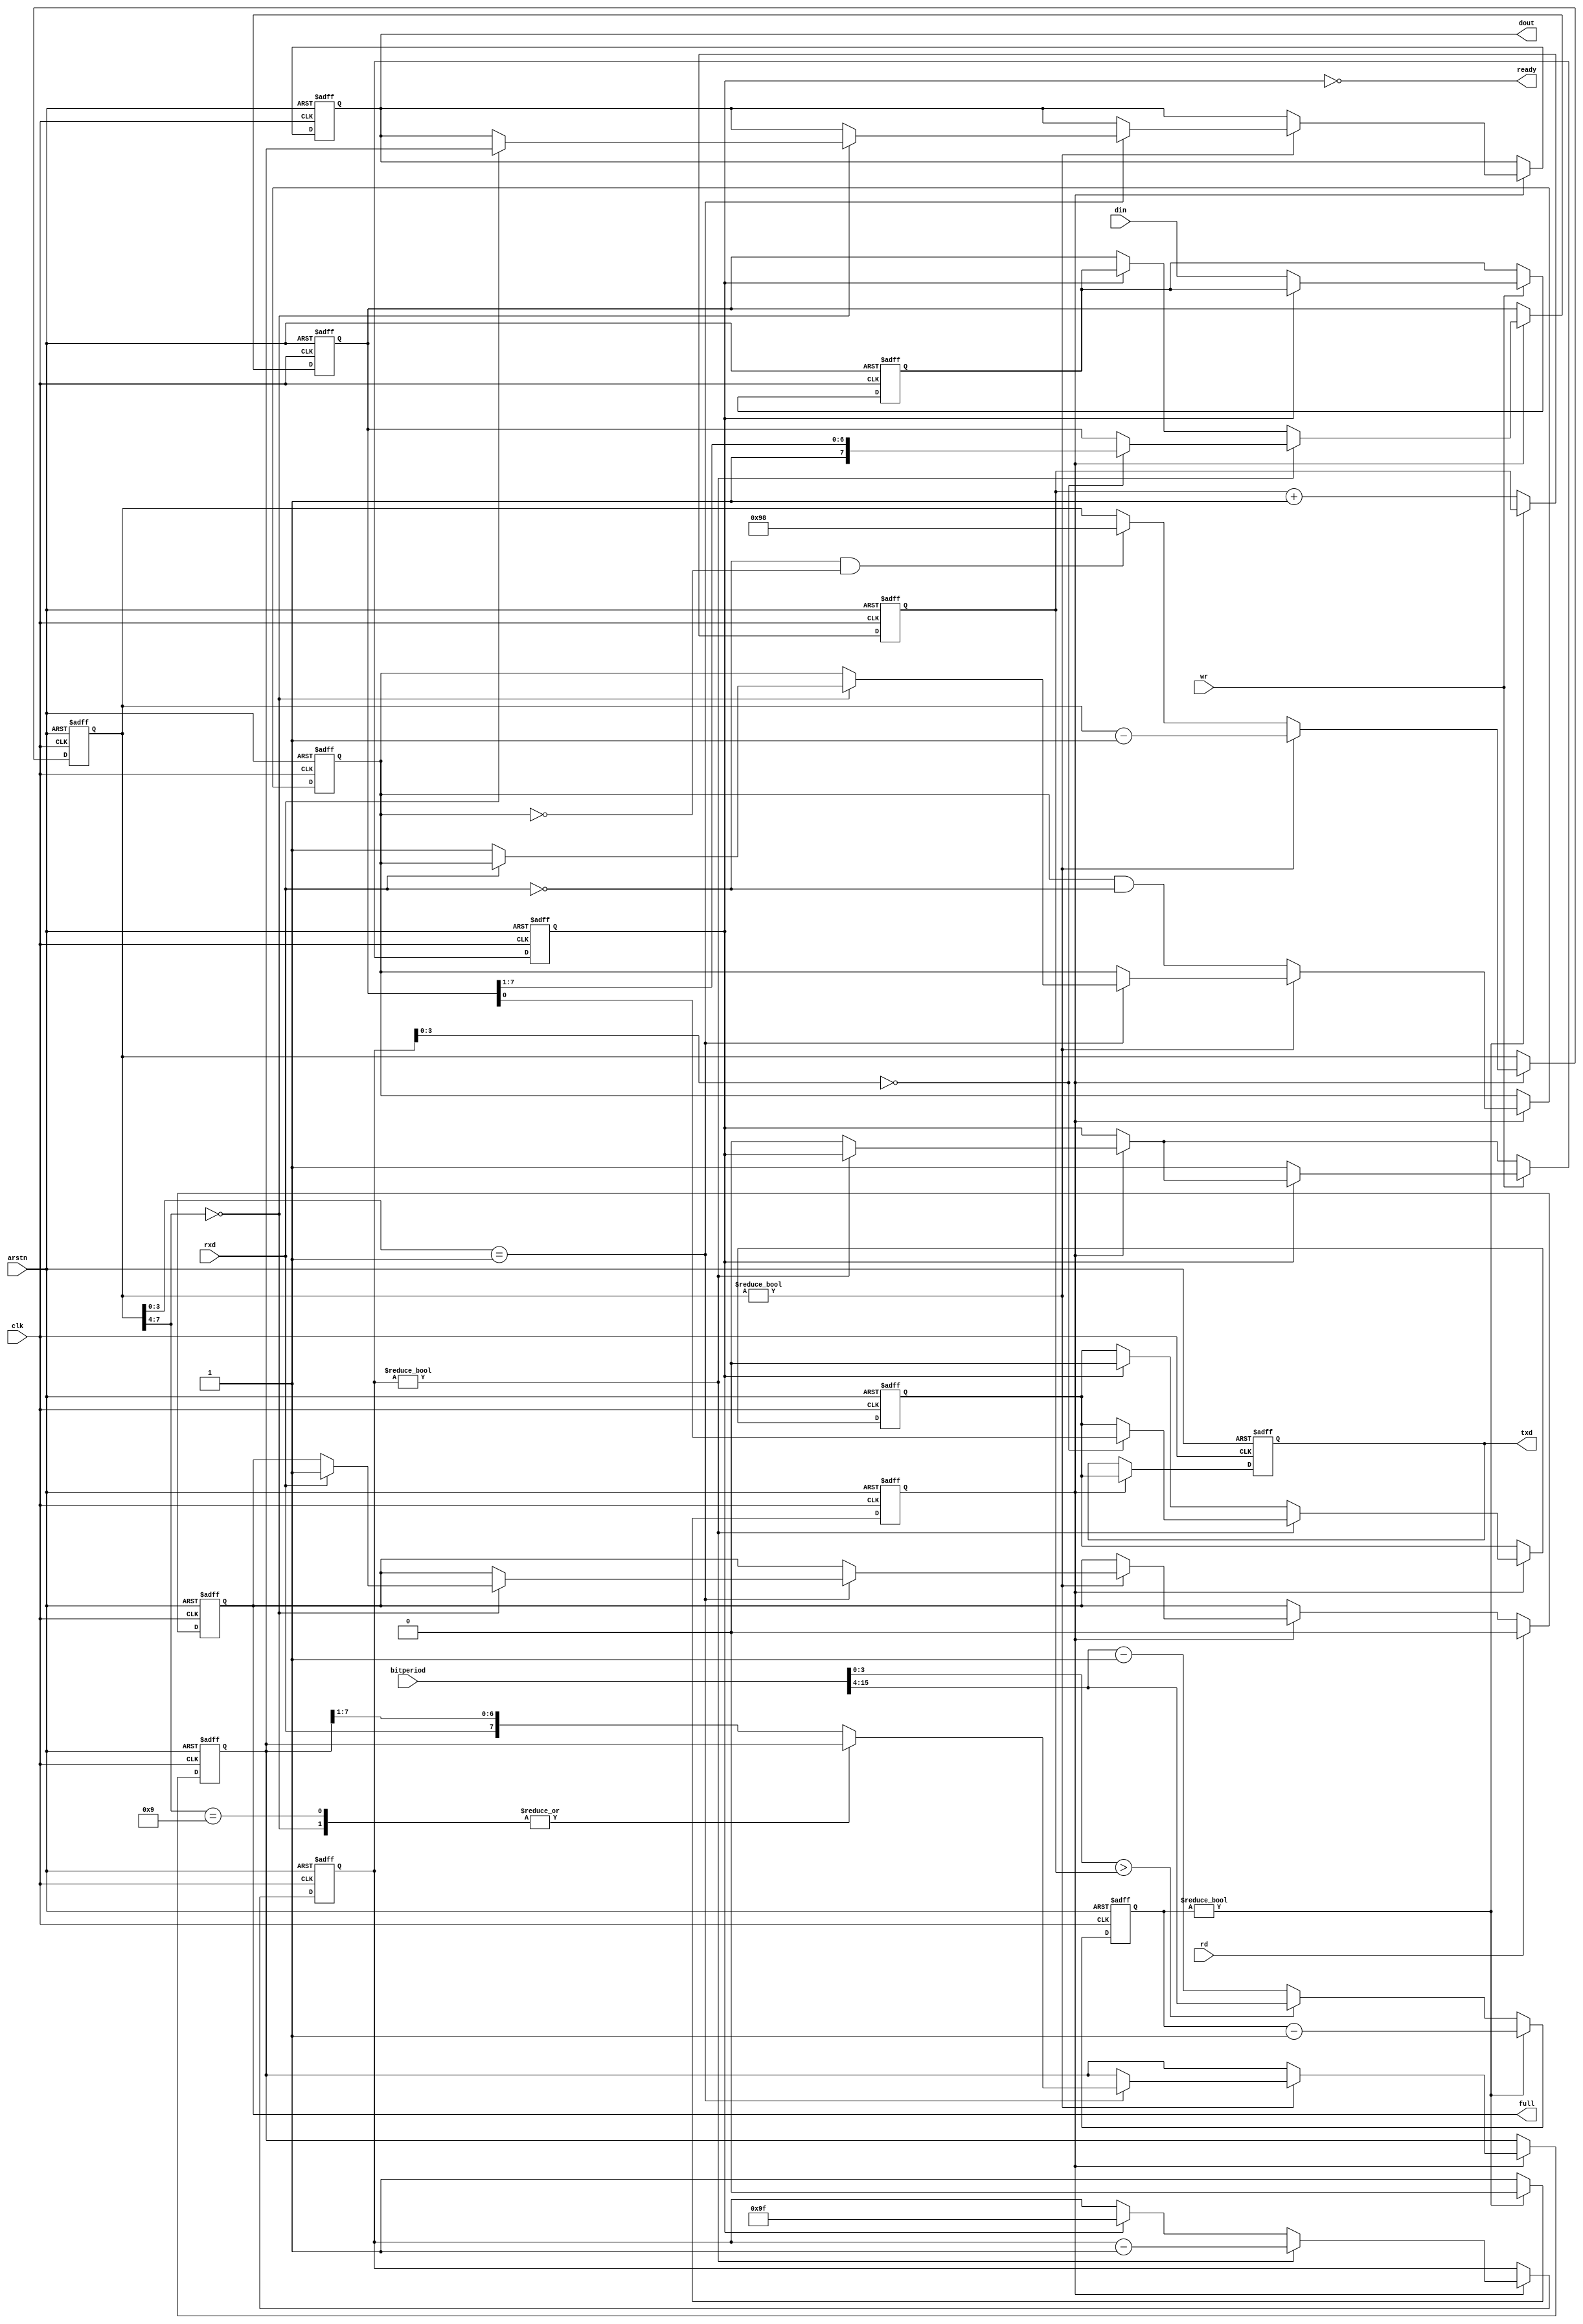
// Unbuffered UART with FIFO-compatible interface               11/6/2020 BNE
// License: This code is a gift to mankind and is dedicated to peace on Earth.

module uart
(
  input wire            clk,
  input wire            arstn,          // async reset (active low)
  output wire           ready,     	// Ready for next byte to send
  input wire            wr,        	// UART transmit strobe
  input wire  [7:0]     din,      	// UART transmit data
  output reg            full,      	// UART has received a byte
  input wire            rd,        	// UART received strobe (clears full)
  output reg  [7:0]     dout,        	// UART received data
  input wire  [15:0]    bitperiod,      // Clocks per serial bit
  input wire            rxd,            // Must be externally synchronized
  output reg            txd
);

// Baud rate is BPS = clk/bitperiod. Example: 100M/868 = 115200 BPS.
  reg [11:0] baudint;
  reg [3:0] baudfrac;
  reg tick;
  always @(posedge clk or negedge arstn)
  if (!arstn) begin
    {baudint, baudfrac, tick} <= 1'b0;
  end else begin
    tick <= 1'b0;
    if (baudint)
      baudint <= baudint - 1'b1;
    else begin
      tick <= 1'b1;
      if (bitperiod[3:0] > baudfrac)    // fractional divider:
           baudint <= bitperiod[15:4];  // stretch by Frac/16 clocks
      else baudint <= bitperiod[15:4] - 1'b1;
      baudfrac <= baudfrac + 1'b1;      // 16 ticks/bit
    end
  end

  reg tnext, error;
  wire startbit = ~rxd & ~error;
  reg [7:0] inreg;                      // pending transmit byte
  reg pending;

  assign ready = ~pending;

// UART
  reg [7:0] txstate, rxstate, txreg, rxreg;
  always @(posedge clk or negedge arstn)
  if (!arstn) begin
    {full, error, pending, txreg, tnext, txd} <= 2'b11; 
    {txstate, rxstate, rxreg, dout, inreg} <= 1'b0;
  end else begin
    if (tick) begin
// Transmitter
      txd <= tnext;
      if (txstate) begin
        if (!txstate[3:0])
          {txreg, tnext} <= {1'b1, txreg[7:0]};
        txstate <= txstate - 1'b1;
      end else begin
        if (pending) begin
          {pending, tnext} <= 1'b0;     // n,8,1
          txreg <= inreg;
          txstate <= 8'h9F; 
        end
      end
// Receiver
      if (rxstate) begin
        if (rxstate[3:0] == 4'd1)
          case (rxstate[7:4])
          4'b1001:
            if (rxd) rxstate <= 8'd0;   // false start
          4'b0000:
            if (rxd) {dout, full} <= {rxreg, 1'b1};
            else      error <= 1'b1;    // '0' at the stop bit (or BREAK)
          default:
            rxreg <= {rxd, rxreg[7:1]};
          endcase
        rxstate <= rxstate - 1'b1;
      end else begin
        error <= error & ~rxd;          // stop or mark ('1') clears error
        if (startbit) rxstate <= 8'h98; // will be sampled mid-bit
      end
    end
    if (rd) full <= 1'b0;               // reading clears full
// Transmit input register gives firmware an entire character period to respond
// to ready with the next byte to elimnate character spacing.
    if (wr)
      if (!pending) begin               // retrigger transmission
        inreg <= din;
        pending <= 1'b1;
      end
  end
endmodule